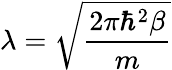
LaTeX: \lambda=\sqrt{\frac{2\pi\hbar^{2}\beta}{m}}